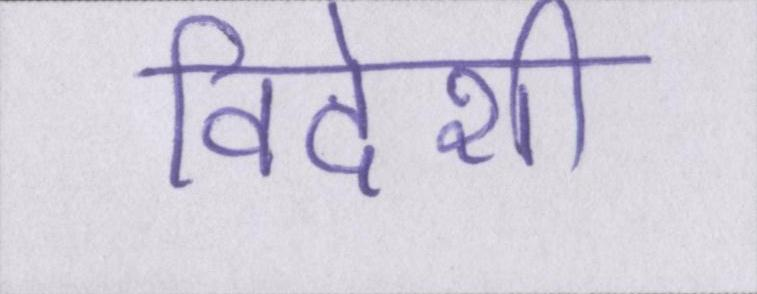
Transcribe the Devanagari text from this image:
विदेशी